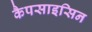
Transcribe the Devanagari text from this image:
कैपसाइसिन